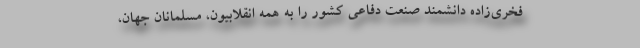
فخری‌زاده دانشمند صنعت دفاعی کشور را به همه انقلابیون، مسلمانان جهان،